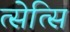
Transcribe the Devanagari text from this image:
त्सेत्सि